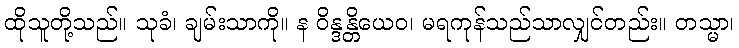
ထိုသူတို့သည်။ သုခံ၊ ချမ်းသာကို။ န ဝိန္ဒန္တိယေဝ၊ မရကုန်သည်သာလျှင်တည်း။ တသ္မာ၊